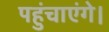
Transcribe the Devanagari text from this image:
पहुंचाएंगे।